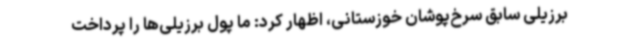
برزیلی سابق سرخ‌پوشان خوزستانی، اظهار کرد: ما پول برزیلی‌ها را پرداخت